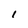
Character: 1